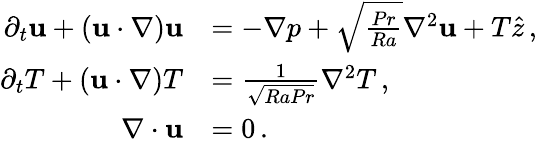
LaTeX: \begin{array}{rl}{\partial_{t}{\mathbf u}+({\mathbf u}\cdot\nabla){\mathbf u}}&{=-\nabla p+\sqrt{\frac{Pr}{Ra}}\nabla^{2}{\mathbf u}+T\hat{z}\, ,}\\ {\partial_{t}T+({\mathbf u}\cdot\nabla)T}&{={\frac{1}{\sqrt{RaPr}}}\nabla^{2}T\, ,}\\ {\nabla\cdot{\mathbf u}}&{=0\, .}\end{array}